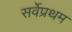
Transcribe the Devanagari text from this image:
सर्वेप्रथम